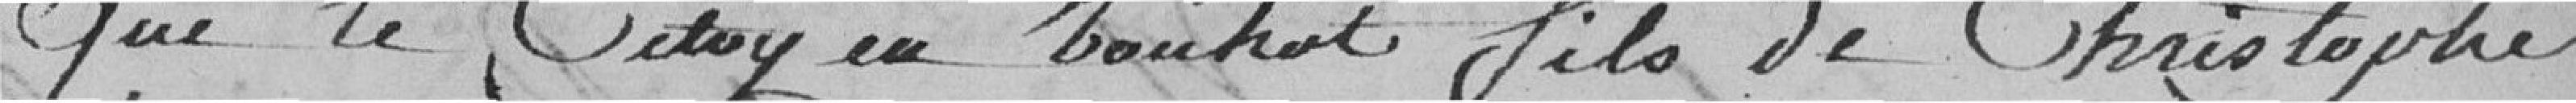
que le citoyen Touhot fils de Christophe